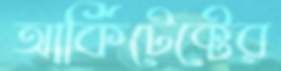
আর্কিটেক্টের